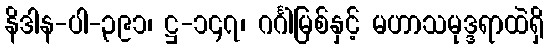
နိဒါန-ပါ-၃၉၁၊ ဋ္ဌ-၁၄၇၊ ဂင်္ဂါမြစ်နှင့် မဟာသမုဒ္ဒရာထဲရှိ